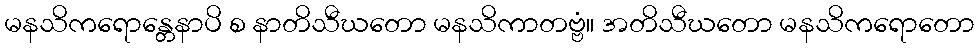
မနသိကရောန္တေနာပိ စ နာတိသီဃတော မနသိကာတဗ္ဗံ။ အတိသီဃတော မနသိကရောတော